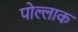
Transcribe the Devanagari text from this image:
पोल्लाक